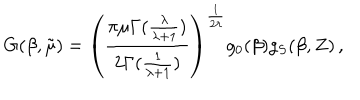
G ( \beta , \tilde { \mu } ) = \left( \frac { \pi \mu \Gamma ( \frac { \lambda } { \lambda + 1 } ) } { 2 \Gamma ( \frac { 1 } { \lambda + 1 } ) } \right) ^ { \frac { 1 } { 2 \lambda } } g _ { 0 } ( \beta ) g _ { S } ( \beta , Z ) \, ,